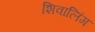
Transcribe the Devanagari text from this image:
शिवालिंग